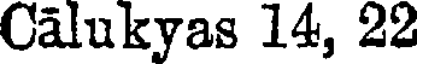
Calukyas 14, 22